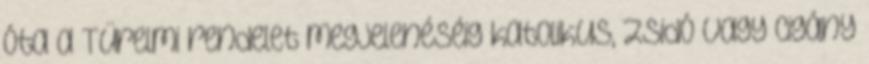
óta a Türelmi rendelet megjelenéséig katolikus, zsidó vagy cigány